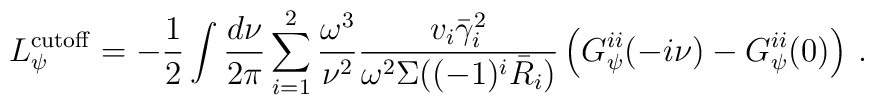
L^{{\rm cutoff}}_\psi = - \frac{1}{2} \int \frac{d\nu}{2\pi}\sum_{i=1}^2 \frac{\omega^3}{\nu^2} \frac{v_i \bar\gamma_i^2}{\omega^2 \Sigma((-1)^i \bar R_i)}\left( G^{ii}_\psi(-i\nu) - G^{ii}_\psi(0) \right) \,.